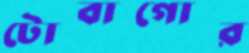
টোবাগোর